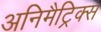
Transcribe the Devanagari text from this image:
अनिमैट्रिक्स